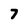
Character: 7